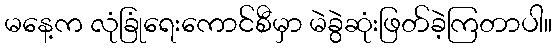
မနေ့က လုံခြုံရေးကောင်စီမှာ မဲခွဲဆုံးဖြတ်ခဲ့ကြတာပါ။